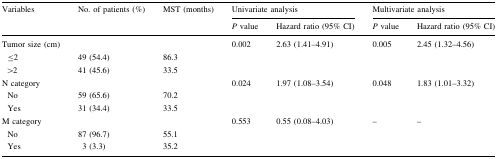
<table><thead><tr><td rowspan="2"><b>Variables</b></td><td rowspan="2"><b>No. of patients (%)</b></td><td rowspan="2"><b>MST (months)</b></td><td colspan="2"><b>Univariate analysis</b></td><td colspan="2"><b>Multivariate analysis</b></td></tr><tr><td><b><i>P</i> value</b></td><td><b>Hazard ratio (95% CI)</b></td><td><b><i>P</i> value</b></td><td><b>Hazard ratio (95% CI)</b></td></tr></thead><tbody><tr><td>Tumor size (cm)</td><td></td><td></td><td>0.002</td><td>2.63 (1.41–4.91)</td><td>0.005</td><td>2.45 (1.32–4.56)</td></tr><tr><td> ≤2</td><td>49 (54.4)</td><td>86.3</td><td></td><td></td><td></td><td></td></tr><tr><td> &gt;2</td><td>41 (45.6)</td><td>33.5</td><td></td><td></td><td></td><td></td></tr><tr><td>N category</td><td></td><td></td><td>0.024</td><td>1.97 (1.08–3.54)</td><td>0.048</td><td>1.83 (1.01–3.32)</td></tr><tr><td> No</td><td>59 (65.6)</td><td>70.2</td><td></td><td></td><td></td><td></td></tr><tr><td> Yes</td><td>31 (34.4)</td><td>33.5</td><td></td><td></td><td></td><td></td></tr><tr><td>M category</td><td></td><td></td><td>0.553</td><td>0.55 (0.08–4.03)</td><td>–</td><td>–</td></tr><tr><td> No</td><td>87 (96.7)</td><td>55.1</td><td></td><td></td><td></td><td></td></tr><tr><td> Yes</td><td>3 (3.3)</td><td>35.2</td><td></td><td></td><td></td><td></td></tr></tbody></table>